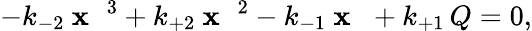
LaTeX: -k_{-2}~{\mathbf{x}_{\mathrm{{~\, ~}}}}^{3}+k_{+2}~{\mathbf{x}_{\mathrm{{~\, ~}}}}^{2}-k_{-1}~\mathbf{x}_{\mathrm{{~\, ~}}}+k_{+1}\, Q=0,